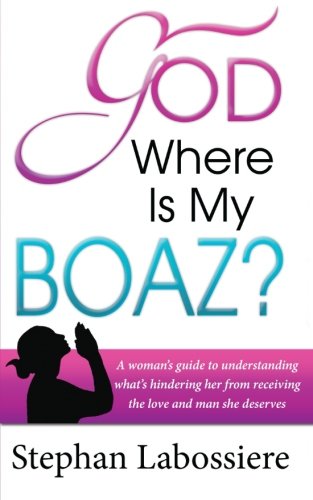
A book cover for God Where Is My Boaz: A woman's guide to understanding what's hindering her from receiving the love and man she deserves; Stephan Labossiere; Christian Books & Bibles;